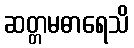
ဆတ္တမဓာရေသိ